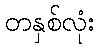
တနှစ်လုံး